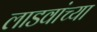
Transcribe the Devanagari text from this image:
लाडवांच्या